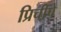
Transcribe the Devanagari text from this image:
प्रिचीपे